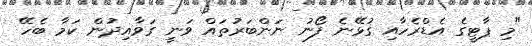
"މި ޕާޓީގެ އެޑްރެހާއި ގުޅޭނެ ފޯނު ނަންބަރުތައް ވަނީ ގަވާއިދުން ކަމާ ބެހޭ